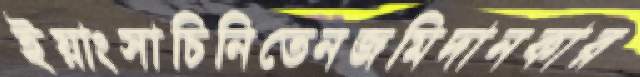
ইয়াংসাচিনিতেনজমিদানকার